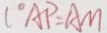
l ^ { \circ } A P = A M